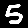
Digit: 5